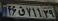
۴۶ق۷۱۱۲۹